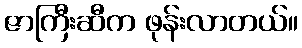
ဇာကြီးဆီက ဖုန်းလာတယ်။